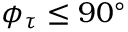
\phi _ { \tau } \le 9 0 ^ { \circ }